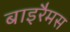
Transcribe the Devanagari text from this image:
बाइरैमस